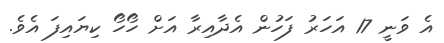
އެ ވަނީ 17 އަހަރު ފަހުން އެދާއިރާ އަށް ހޯހޯ ކިޔައިފަ އެވެ.